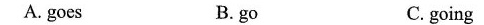
A. goes B.go C.going